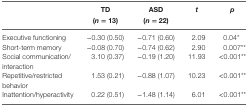
<table><thead><tr><td></td><td><b>TD(<i>n</i> = 13)</b></td><td><b>ASD(<i>n</i> = 22)</b></td><td><b><i>t</i></b></td><td><b><i>p</i></b></td></tr></thead><tbody><tr><td>Executive functioning</td><td>−0.30 (0.50)</td><td>−0.71 (0.60)</td><td>2.09</td><td>0.04*</td></tr><tr><td>Short-term memory</td><td>−0.08 (0.70)</td><td>−0.74 (0.62)</td><td>2.90</td><td>0.007**</td></tr><tr><td>Social communication/interaction</td><td>3.10 (0.37)</td><td>−0.19 (1.20)</td><td>11.93</td><td>&lt;0.001**</td></tr><tr><td>Repetitive/restricted behavior</td><td>1.53 (0.21)</td><td>−0.88 (1.07)</td><td>10.23</td><td>&lt;0.001**</td></tr><tr><td>Inattention/hyperactivity</td><td>0.22 (0.51)</td><td>−1.48 (1.14)</td><td>6.01</td><td>&lt;0.001**</td></tr></tbody></table>